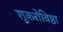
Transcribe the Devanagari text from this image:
शूकरोविष्ठा